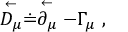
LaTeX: \stackrel { \leftarrow } { D _ { \mu } } \doteq \stackrel { \leftarrow } { \partial _ { \mu } } - \Gamma _ { \mu } \ ,